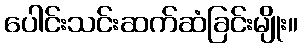
ပေါင်းသင်းဆက်ဆံခြင်းမျိုး။